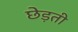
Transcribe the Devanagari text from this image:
छेड़ती